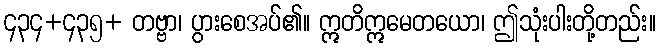
၄၃၄+၄၃၅+ တဗ္ဗာ၊ ပွားစေအပ်၏။ ဣတိဣမေတယော၊ ဤသုံးပါးတို့တည်း။